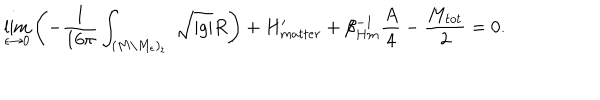
\lim _ { \epsilon \rightarrow 0 } \left( - { \frac { 1 } { 1 6 \pi } } \int _ { ( M \backslash M _ { \epsilon } ) _ { t } } \ \sqrt { | g | } R \right) + H _ { m a t t e r } ^ { \prime } + \beta _ { H m } ^ { - 1 } { \frac { A } { 4 } } - { \frac { M _ { t o t } } { 2 } } = 0 .